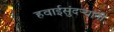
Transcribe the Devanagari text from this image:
हवाईसुंदर्‍यांंनी